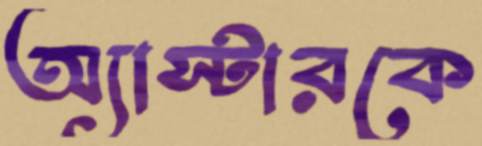
অ্যাস্টারকে